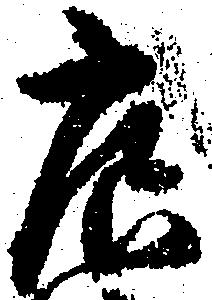
広